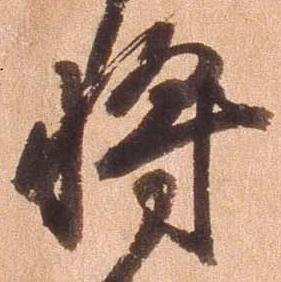
将